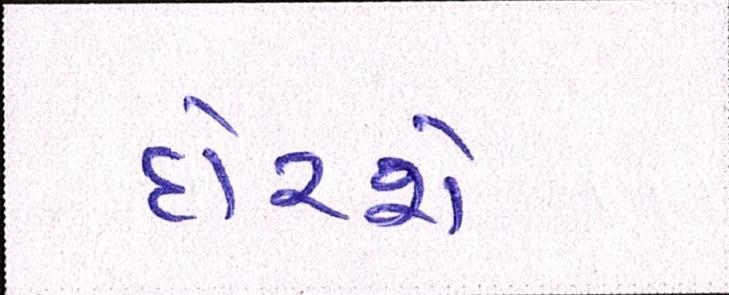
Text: દોરશે